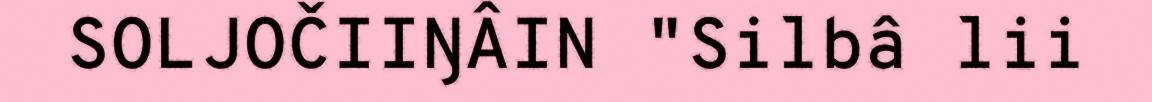
SOLJOČIIŊÂIN "Silbâ lii